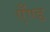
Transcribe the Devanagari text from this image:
एँण्ड